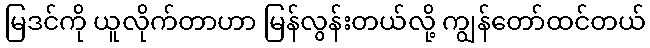
မြဒင်ကို ယူလိုက်တာဟာ မြန်လွန်းတယ်လို့ ကျွန်တော်ထင်တယ်